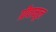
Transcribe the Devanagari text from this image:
ग्रीवामूल